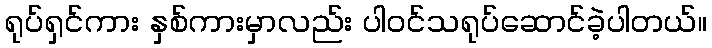
ရုပ်ရှင်ကား နှစ်ကားမှာလည်း ပါဝင်သရုပ်ဆောင်ခဲ့ပါတယ်။